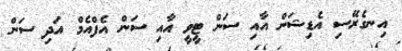
އިނގެރޭސި އެޑިޝަން އާއި ސަން ޓީވީ އާއި ސަން އެފްއެމް އަދި ސަން